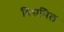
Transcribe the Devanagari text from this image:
विसमिल